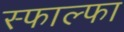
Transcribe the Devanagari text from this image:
स्फाल्फा